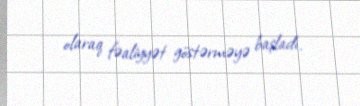
olaraq fəaliyyət göstərməyə başladı.